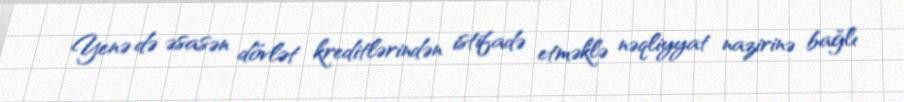
Yenə də əsasən dövlət kreditlərindən istifadə etməklə nəqliyyat nazirinə bağlı